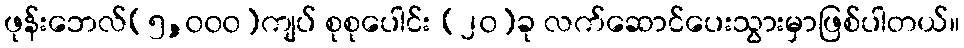
ဖုန်းဘေလ်(၅,၀၀၀)ကျပ် စုစုပေါင်း (၂၀)ခု လက်ဆောင်ပေးသွားမှာဖြစ်ပါတယ်။